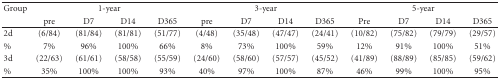
<table><thead><tr><td><b>Group</b></td><td colspan="4"><b>1-year</b></td><td colspan="4"><b>3-year</b></td><td colspan="4"><b>5-year</b></td></tr><tr><td></td><td><b>pre</b></td><td><b>D7</b></td><td><b>D14</b></td><td><b>D365</b></td><td><b>pre</b></td><td><b>D7</b></td><td><b>D14</b></td><td><b>D365</b></td><td><b>Pre</b></td><td><b>D7</b></td><td><b>D14</b></td><td><b>D365 </b></td></tr></thead><tbody><tr><td>2d</td><td>(6/84)</td><td>(81/84)</td><td>(81/81)</td><td>(51/77)</td><td>(4/48)</td><td>(35/48)</td><td>(47/47)</td><td>(24/41)</td><td>(10/82)</td><td>(75/82)</td><td>(79/79)</td><td>(29/57)</td></tr><tr><td>%</td><td>7%</td><td>96%</td><td>100%</td><td>66%</td><td>8%</td><td> 73%</td><td> 100%</td><td> 59%</td><td>12%</td><td>91%</td><td>100%</td><td>51%</td></tr><tr><td>3d</td><td>(22/63)</td><td>(61/61)</td><td>(58/58)</td><td>(55/59)</td><td>(24/60)</td><td>(58/60)</td><td>(57/57)</td><td>(45/52)</td><td>(41/89)</td><td>(88/89)</td><td>(85/85)</td><td>(59/62)</td></tr><tr><td>%</td><td>35%</td><td>100%</td><td>100%</td><td>93%</td><td>40%</td><td> 97%</td><td>100%</td><td>87%</td><td>46%</td><td>99%</td><td>100%</td><td>95%</td></tr></tbody></table>